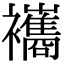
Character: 𧟃